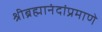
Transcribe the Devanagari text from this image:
श्रीब्रह्मानंदांप्रमाणे